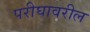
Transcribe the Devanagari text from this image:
परीघावरील